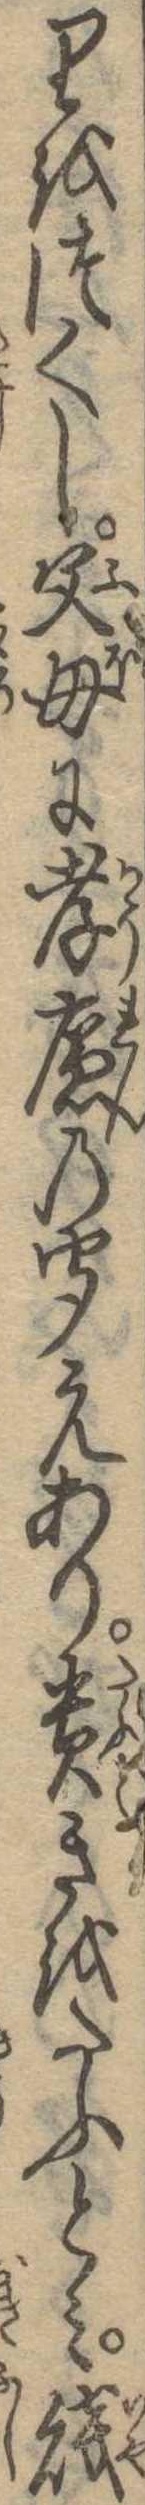
りをつくし父母に孝廉の聞えあり貴きをたふとみ賎